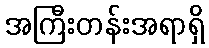
အကြီးတန်းအရာရှိ